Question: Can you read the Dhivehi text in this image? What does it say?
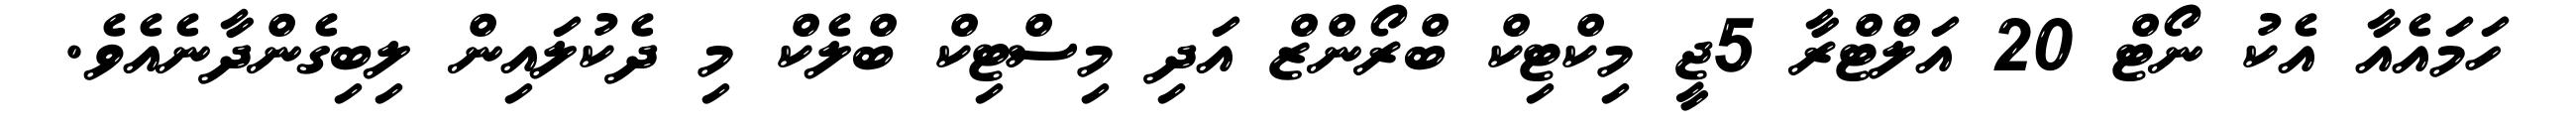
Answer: ހަމައެއާ އެކު ނޯޓް 20 އަލްޓްރާ 5ޖީ މިކްޓިކް ބްރޯންޒް އަދި މިސްޓިކް ބްލެކް މި ދެކުލައިން ލިބިގެންދާނެއެވެ.